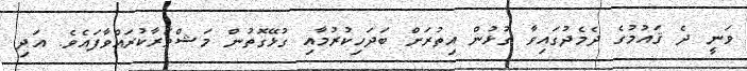
ވަނީ ދެ ޤައުމުގެ ދެމެދުގައިވާ ގުޅުން އިތުރަށް ބަދަހިކުރުމާއި ގުޅޭގޮތުން މަޝްވަރާކުރައްވާފައެވެ. އަދި